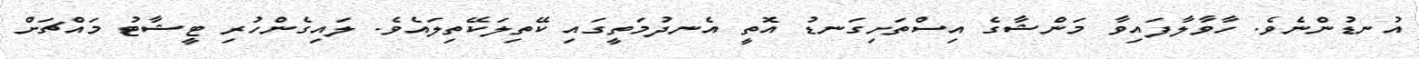
އުނޑުންނެވެ. ހާވާލާފައިވާ މަންޝާގެ އިސްތަށިގަނޑު އޮތީ އެނދުމަތީގައި ކޭތިލަކޭތިލައެވެ. ލައިގެންހުރި ޓީޝާޓު މައްޗަށް